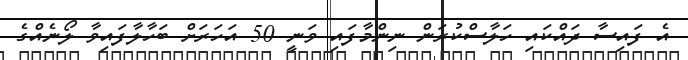
އެ ފައިސާ ދައްކައި ހަލާސްކުރަން ނިންމާފައި ވަނީ 50 އަހަރަށް ބަހާލާފައިވާ ލޯނެއްގެ